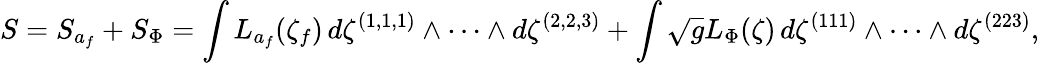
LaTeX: S=S_{a_{f}}+S_{\Phi}=\int L_{a_{f}}(\zeta_{f})\, d\zeta^{(1,1,1)}\wedge\cdots\wedge d\zeta^{(2,2,3)}+\int\sqrt{g}L_{\Phi}(\zeta)\, d\zeta^{(111)}\wedge\cdots\wedge d\zeta^{(223)},